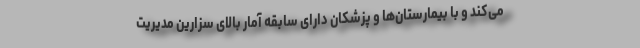
می‌کند و با بیمارستان‌ها و پزشکان دارای سابقه آمار بالای سزارین مدیریت